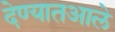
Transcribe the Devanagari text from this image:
देण्यातआले